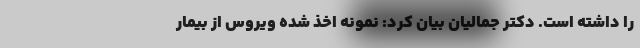
را داشته است. دکتر جمالیان بیان کرد: نمونه اخذ شده ویروس از بیمار